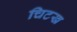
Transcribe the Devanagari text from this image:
चिटख